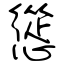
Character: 慫